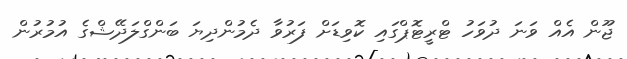
ޖޫން އެއް ވަނަ ދުވަހު ޓްރީޓޮޕްގައި ކޮވިޑަށް ފަރުވާ ދެމުންދިޔަ ބަންގްލަދޭޝްގެ އުމުރުން